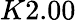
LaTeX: K2.00